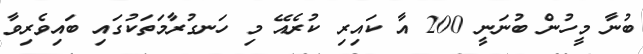
ބުނާ މީހުން ބުނަނީ 200 އާ ކައިރި ކުރެއޭ މި ހަނގުރާމަތަކުގައި ބައިވެރިވާ